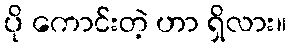
ပို ကောင်းတဲ့ ဟာ ရှိလား။